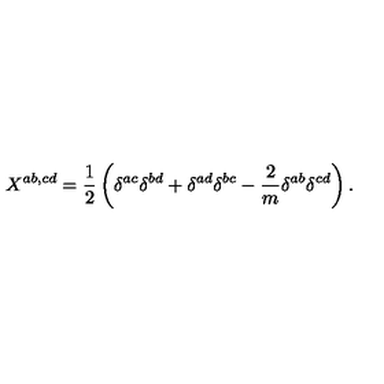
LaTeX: X ^ { a b , c d } = \frac { 1 } { 2 } \left( \delta ^ { a c } \delta ^ { b d } + \delta ^ { a d } \delta ^ { b c } - \frac { 2 } { m } \delta ^ { a b } \delta ^ { c d } \right) .